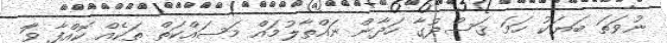
ނުވަތަ ބަޔަކު ހަމަ ޤަސްދުގާ ހަދާން ނައްތާލުމައް މަސައްކަތް ތަކެއް ކޮއްފާ ވަާ